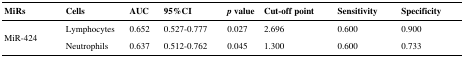
<table><thead><tr><td><b>MiRs</b></td><td><b>Cells</b></td><td><b>AUC</b></td><td><b>95%CI</b></td><td><b><i>p</i> value</b></td><td><b>Cut-off point</b></td><td><b>Sensitivity</b></td><td><b>Specificity</b></td></tr></thead><tbody><tr><td rowspan="2">MiR-424</td><td>Lymphocytes</td><td>0.652</td><td>0.527-0.777</td><td>0.027</td><td>2.696</td><td>0.600</td><td>0.900</td></tr><tr><td>Neutrophils</td><td>0.637</td><td>0.512-0.762</td><td>0.045</td><td>1.300</td><td>0.600</td><td>0.733</td></tr></tbody></table>